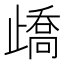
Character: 𣦜